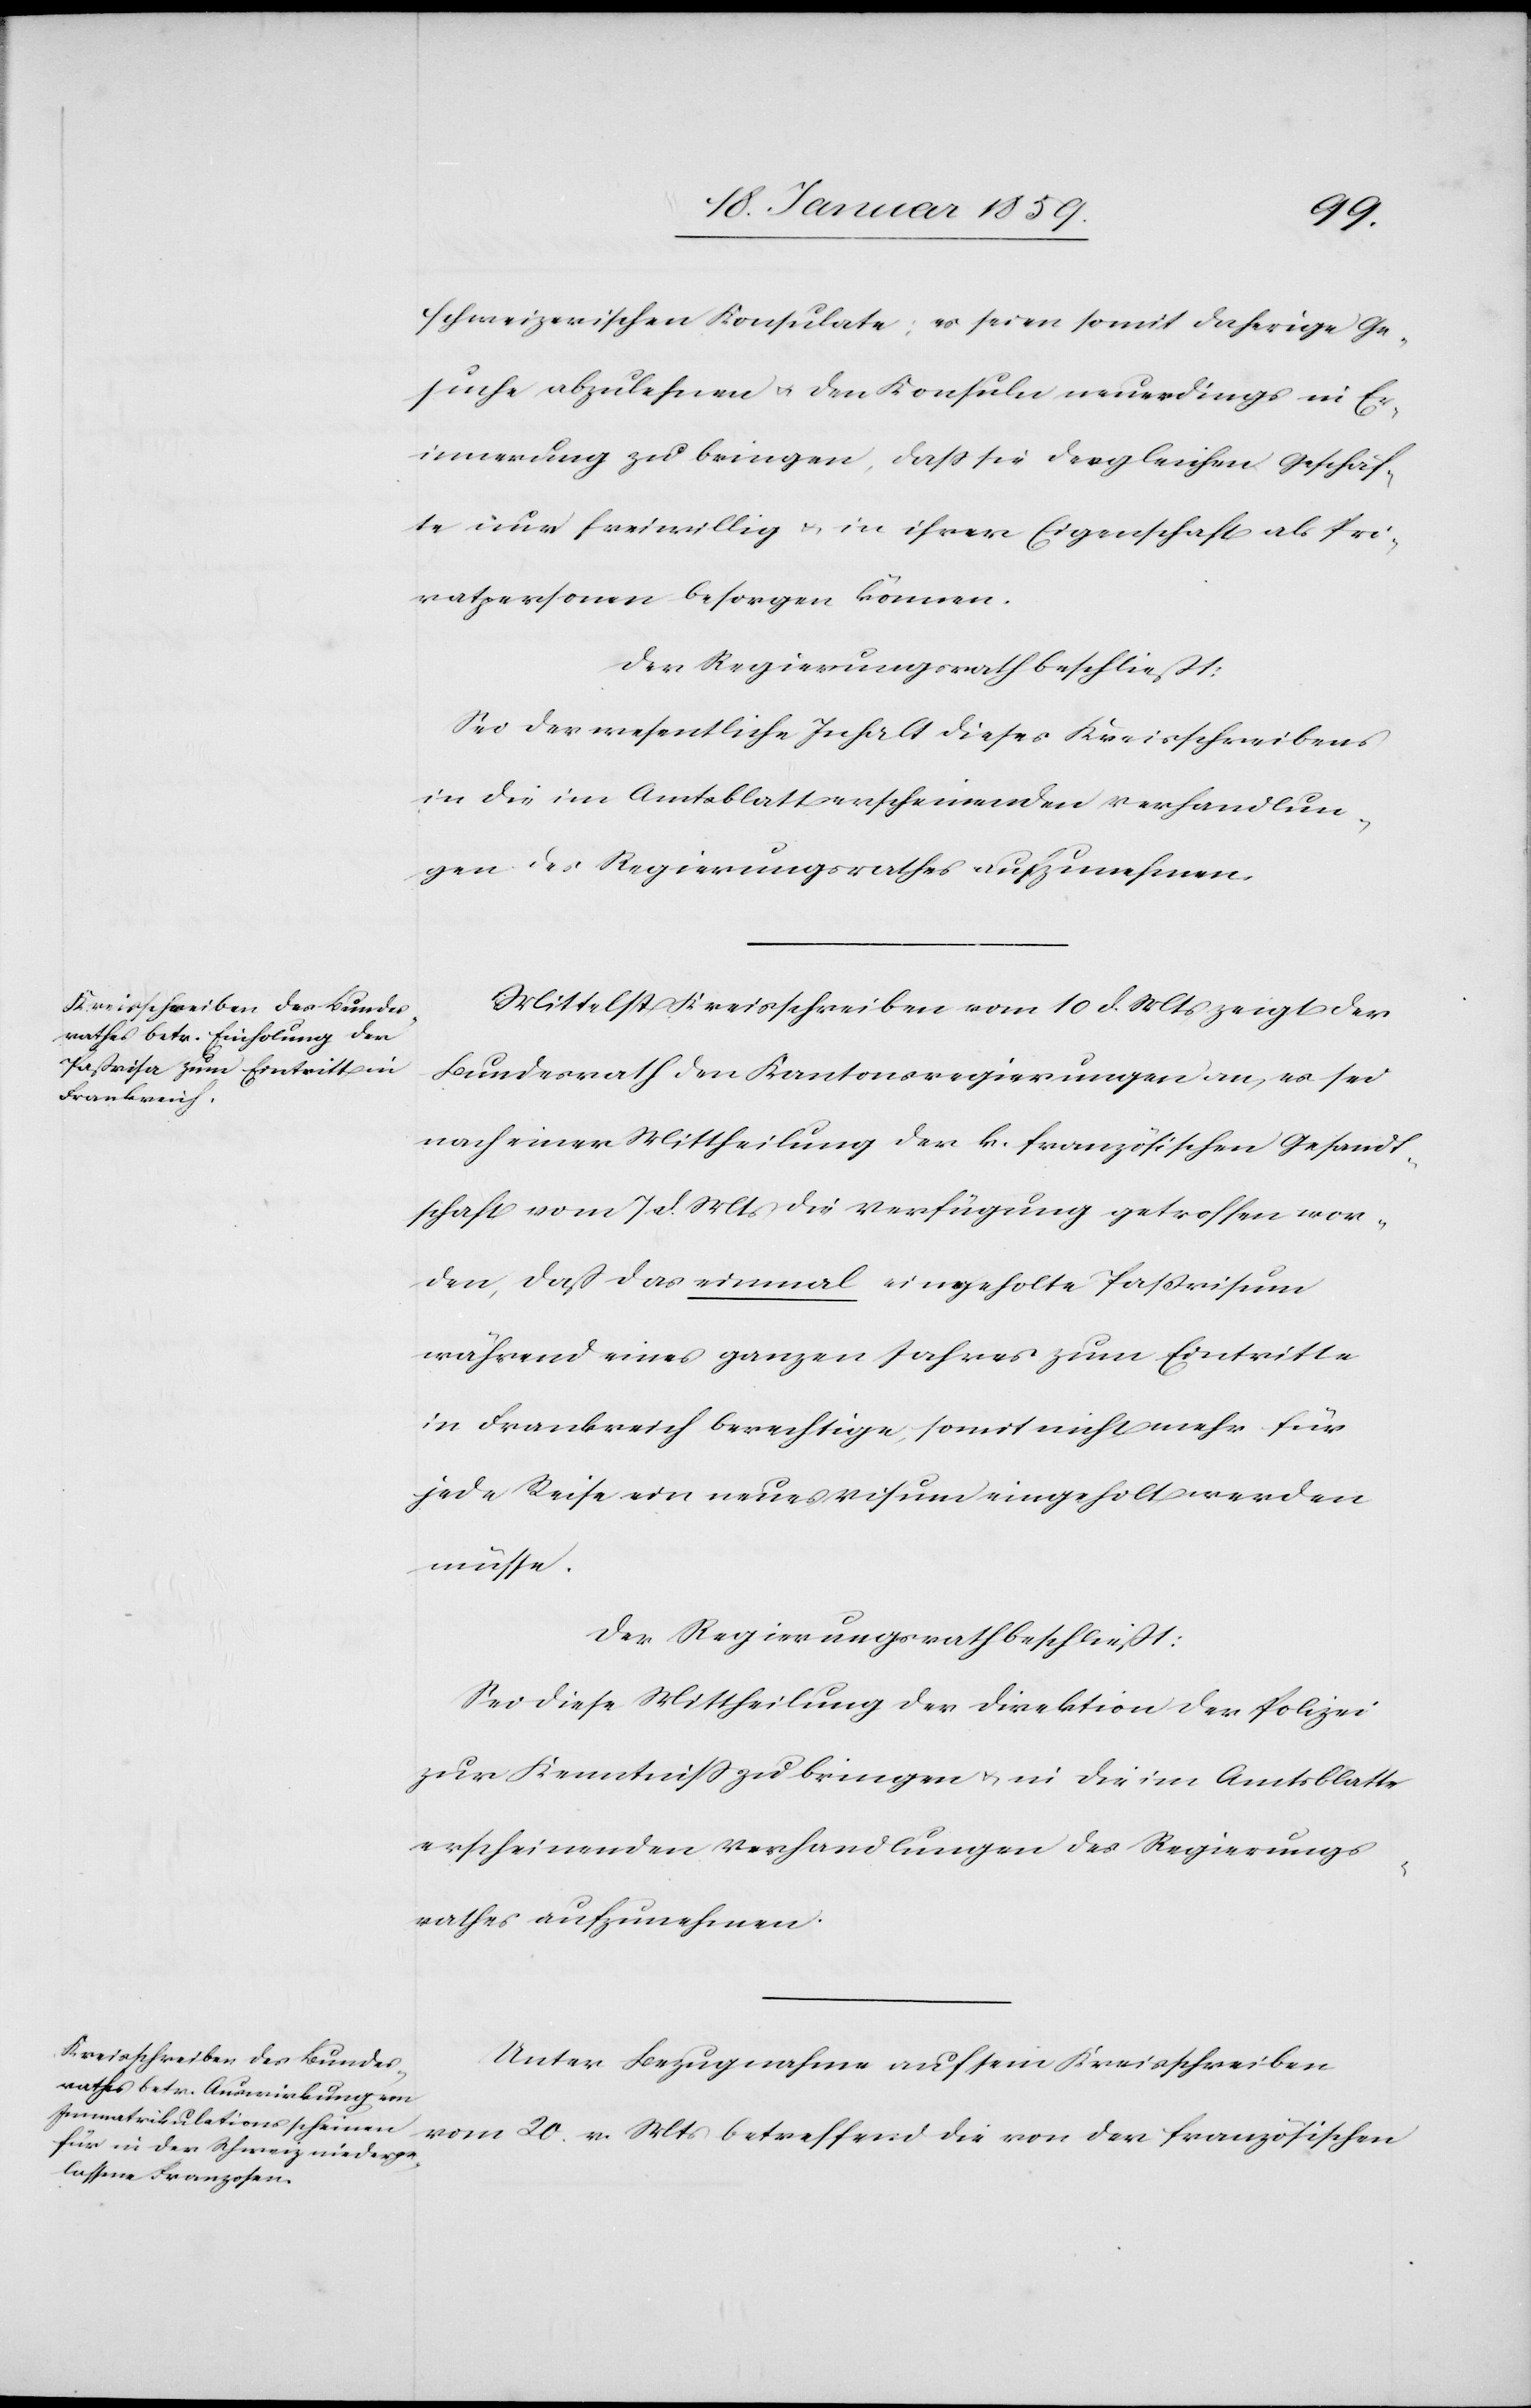
schweizerischen Konsulate; es seien somit daherige Ge¬
suche abzulehnen u. den Konsuln neuerdings in Er¬
innerung zu bringen, daß sie dergleichen Geschäf¬
te nur freiwillig u. in ihrer Eigenschaft als Pri¬
vatpersonen besorgen können.
Der Regierungsrath beschließt:
Sei der wesentliche Inhalt dieses Kreisschreibens
in die im Amtsblatt erscheinenden Verhandlun¬
gen des Regierungsrathes aufzunehmen.
Mittelst Kreisschreiben vom 10 d. Mts zeigt der
Bundesrath den Kantonsregierungen an, es sei
nach einer Mittheilung der k. französischen Gesandt¬
schaft vom 7. d. Mts die Verfügung getroffen wor¬
den, daß das einmal eingeholte Paßvisum
während eines ganzen Jahres zum Eintritte
in Frankreich berechtige, somit nicht mehr für
jede Reise ein neues Visum eingeholt werden
müsse.
Der Regierungsrath beschließt:
Sei diese Mittheilung der Direktion der Polizei
zur Kenntniß zu bringen u. in die im Amtsblatte
erscheinenden Verhandlungen des Regierungs¬
rathes aufzunehmen.
Unter Bezugnahme auf sein Kreisschreiben
vom 20. v. Mts betreffend die von der französischen